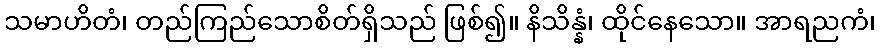
သမာဟိတံ၊ တည်ကြည်သောစိတ်ရှိသည် ဖြစ်၍။ နိသိန္နံ၊ ထိုင်နေသော။ အာရညကံ၊